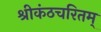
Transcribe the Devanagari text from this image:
श्रीकंठचरितम्‌